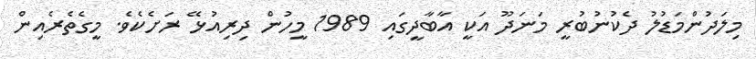
މިލަދުންމަޑުލު ދެކުނުބުރީ މަނަދޫ އަކީ އާބާދީގައި 1989 މީހުން ދިރިއުޅޭ ރަށެކެވެ. މީގެތެރެއިން